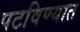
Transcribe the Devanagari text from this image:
पटविण्यात